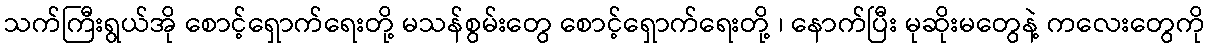
သက်ကြီးရွယ်အို စောင့်ရှောက်ရေးတို့ မသန်စွမ်းတွေ စောင့်ရှောက်ရေးတို့ ၊ နောက်ပြီး မုဆိုးမတွေနဲ့ ကလေးတွေကို